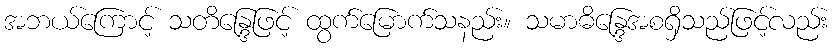
အဘယ်ကြောင့် သတိန္ဒြေဖြင့် ထွက်မြောက်သနည်း။ သမာဓိန္ဒြေအစရှိသည်ဖြင့်လည်း